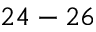
2 4 - 2 6